Trukikaitis_Postimees, lk 32
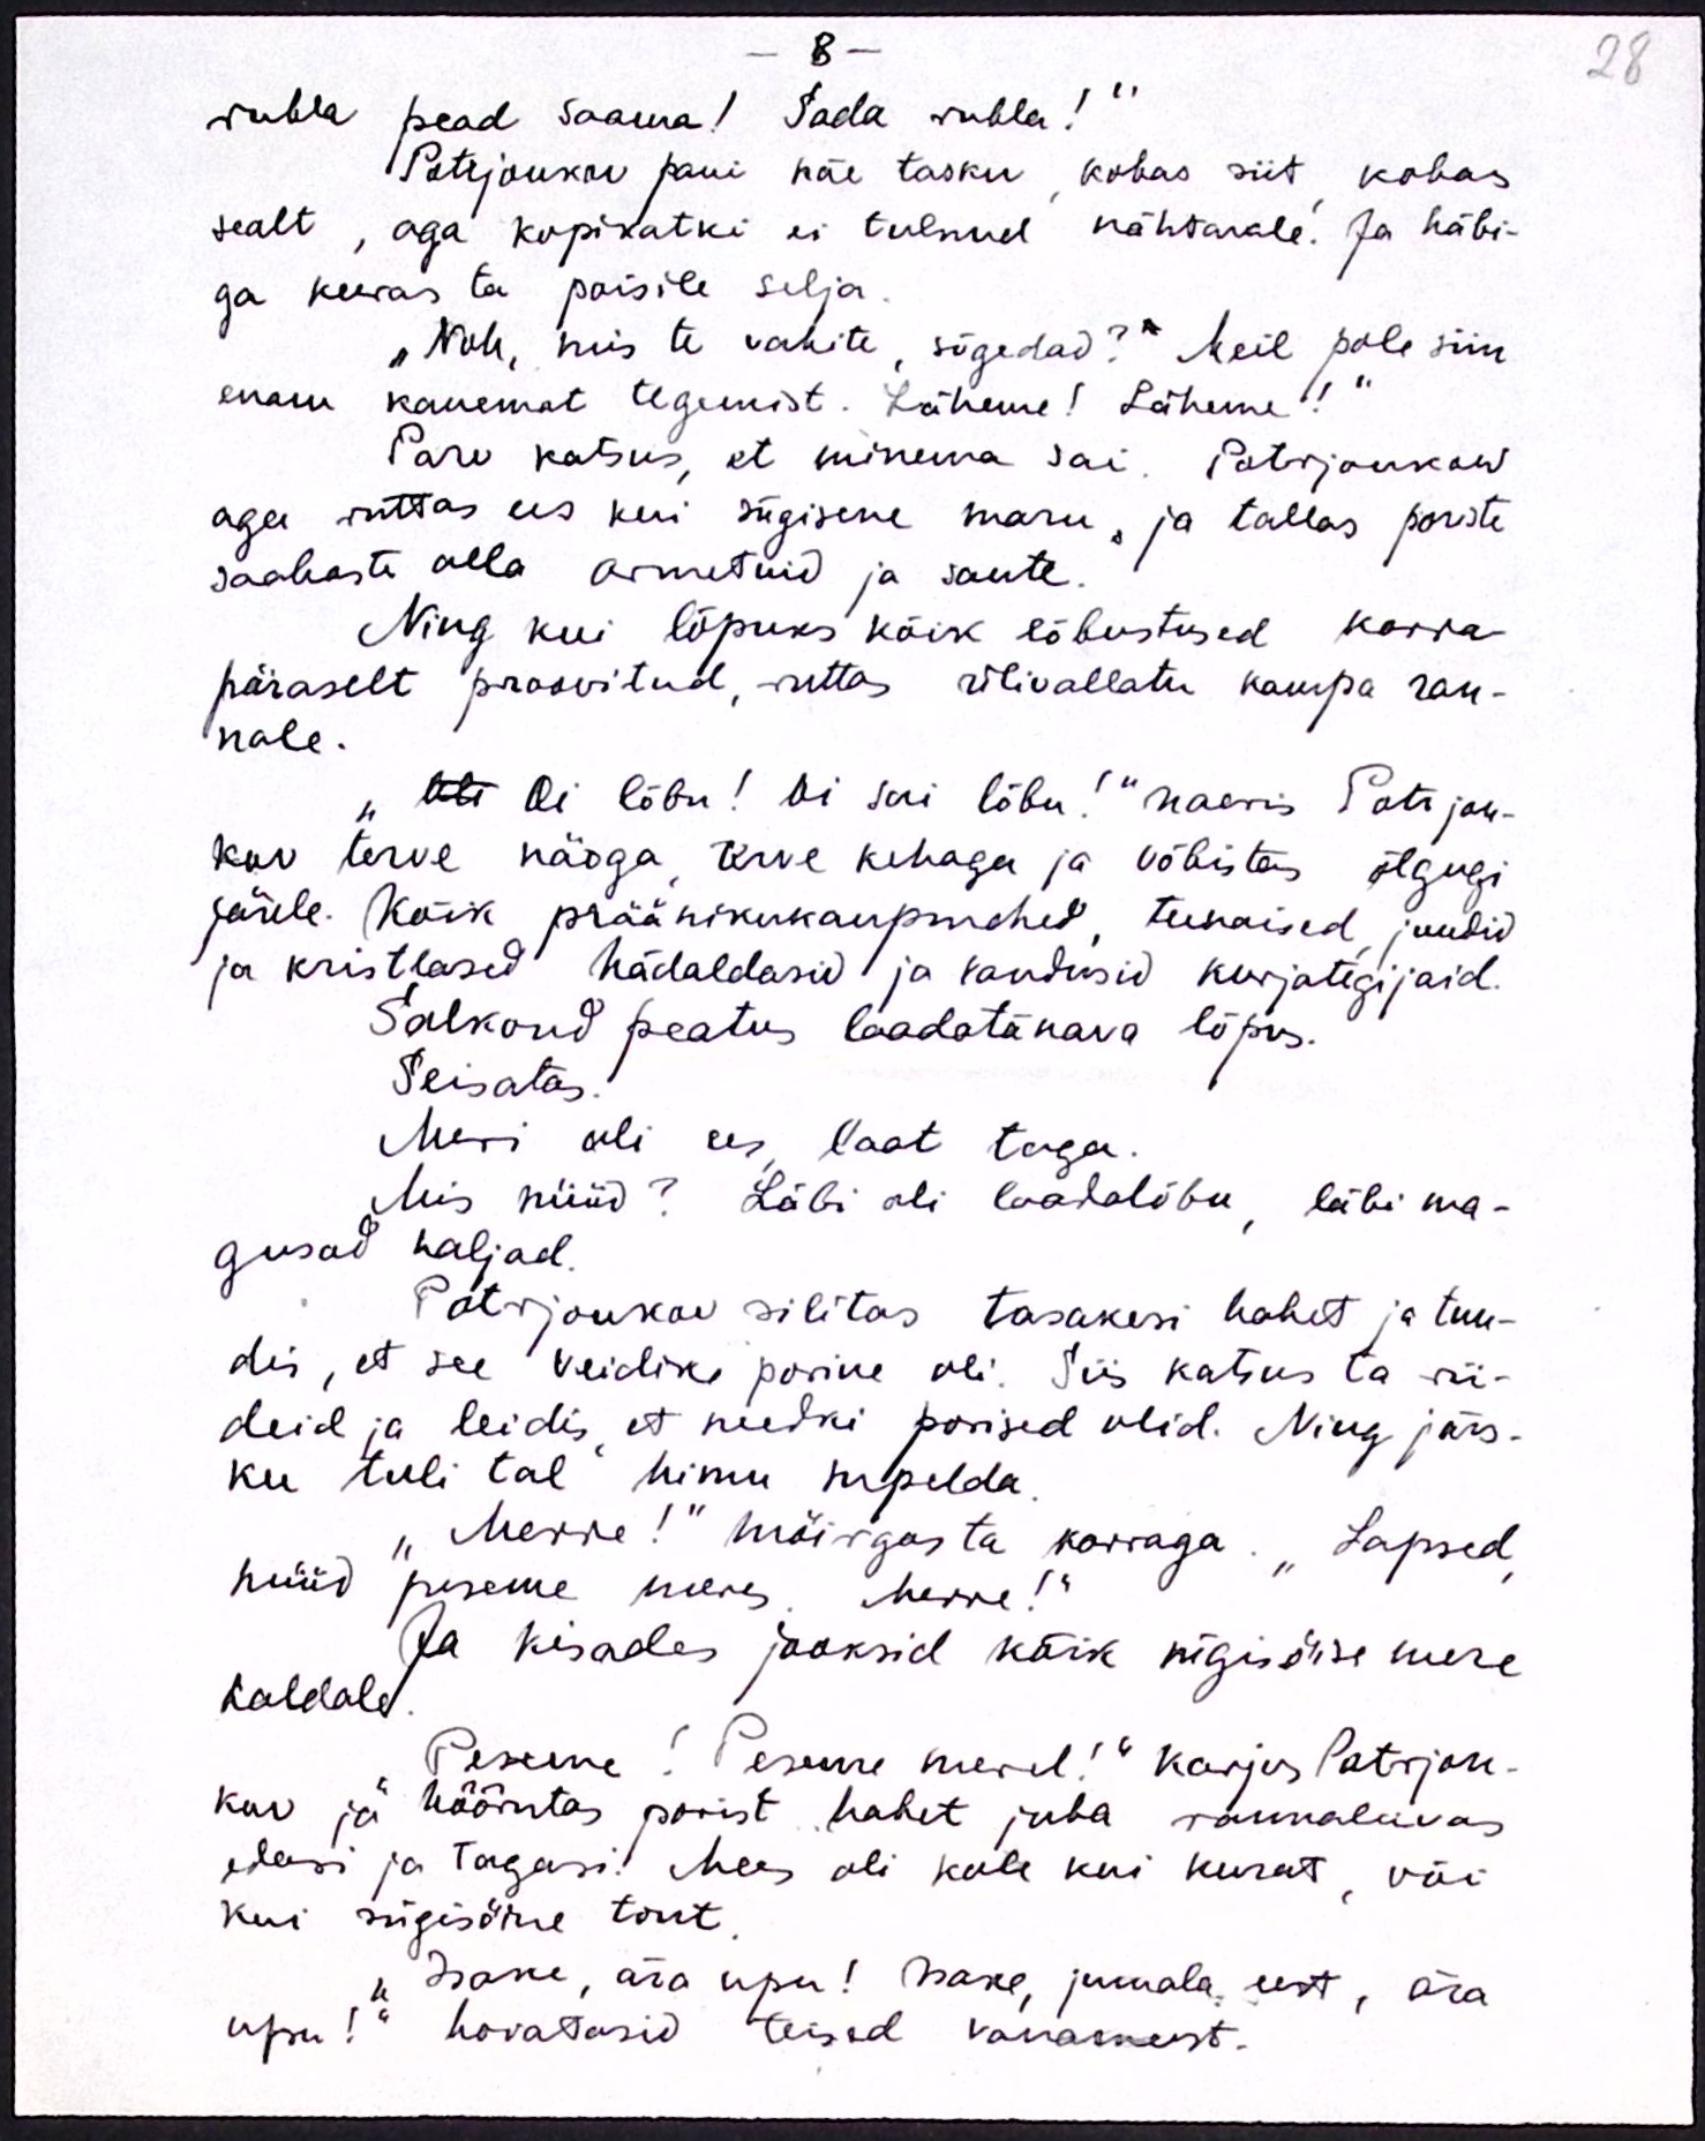
8 -
rubla pead saama! Sada rubla!“
Potrjonkov pani käe tasku kobas siit kobas
sealt, aga kopikatki ei tulnud nähtavale. Ja häbi-
ga keeras ta poisile selja
"Noh, mis te vahite, sõgedad?" Meil pole siin
enam kauemat tegemist. Läheme! Läheme!“
Parv katsus, et minema sai, Potrjonkow
aga ruttas ees kui sügisene maru, ja tallas poriste
saabaste alla armetuid ja sante.
Ning kui lõpuks kõik lõbustused korra-
päraselt proovitud, ruttas ülivallatu kaupa ran-
nale.
Oli Oi lõbu! Oi sai lõbu!“ naeris Potrjon-
kov terve näoga terve kehaga ja võbistas õlgugi
järele. Kõik präänikukaupmehed, teenaised juudid
ja kristlased hädaldasid ja vandusid kurjategijaid.
Salkond peatus laadatänava lõpus.
Seisatas.
Meri oli ees laat taga.
Mis nüüd? Läbi oli laadalõbu, läbi ma-
gusad naljad.
Potrjonkov silitas tasakesi habet ja tun-
dis, et see veidike porine oli. Siis katsus ta rii-
deid ja leidis, et needki porised olid. Ning järs-
ku tuli tal himu supelda.
"Merre!" möirgas ta korraga. "Lapsed,
nüüd peseme meres. Merre!“
Ja kisades jooksid kõik sügisöise mere
kaldale
Peseme! Peseme merel!" Karjus Potrjon-
kov ja hõõrutas porist habet juba rannaliivas
edasi ja tagasi. Mees oli kole kui kurat, või
kui sügisöine tont,
Isake, ära upu! Isake, jumala eest, ära
upu!" hoiatasid teised vanameest.

28